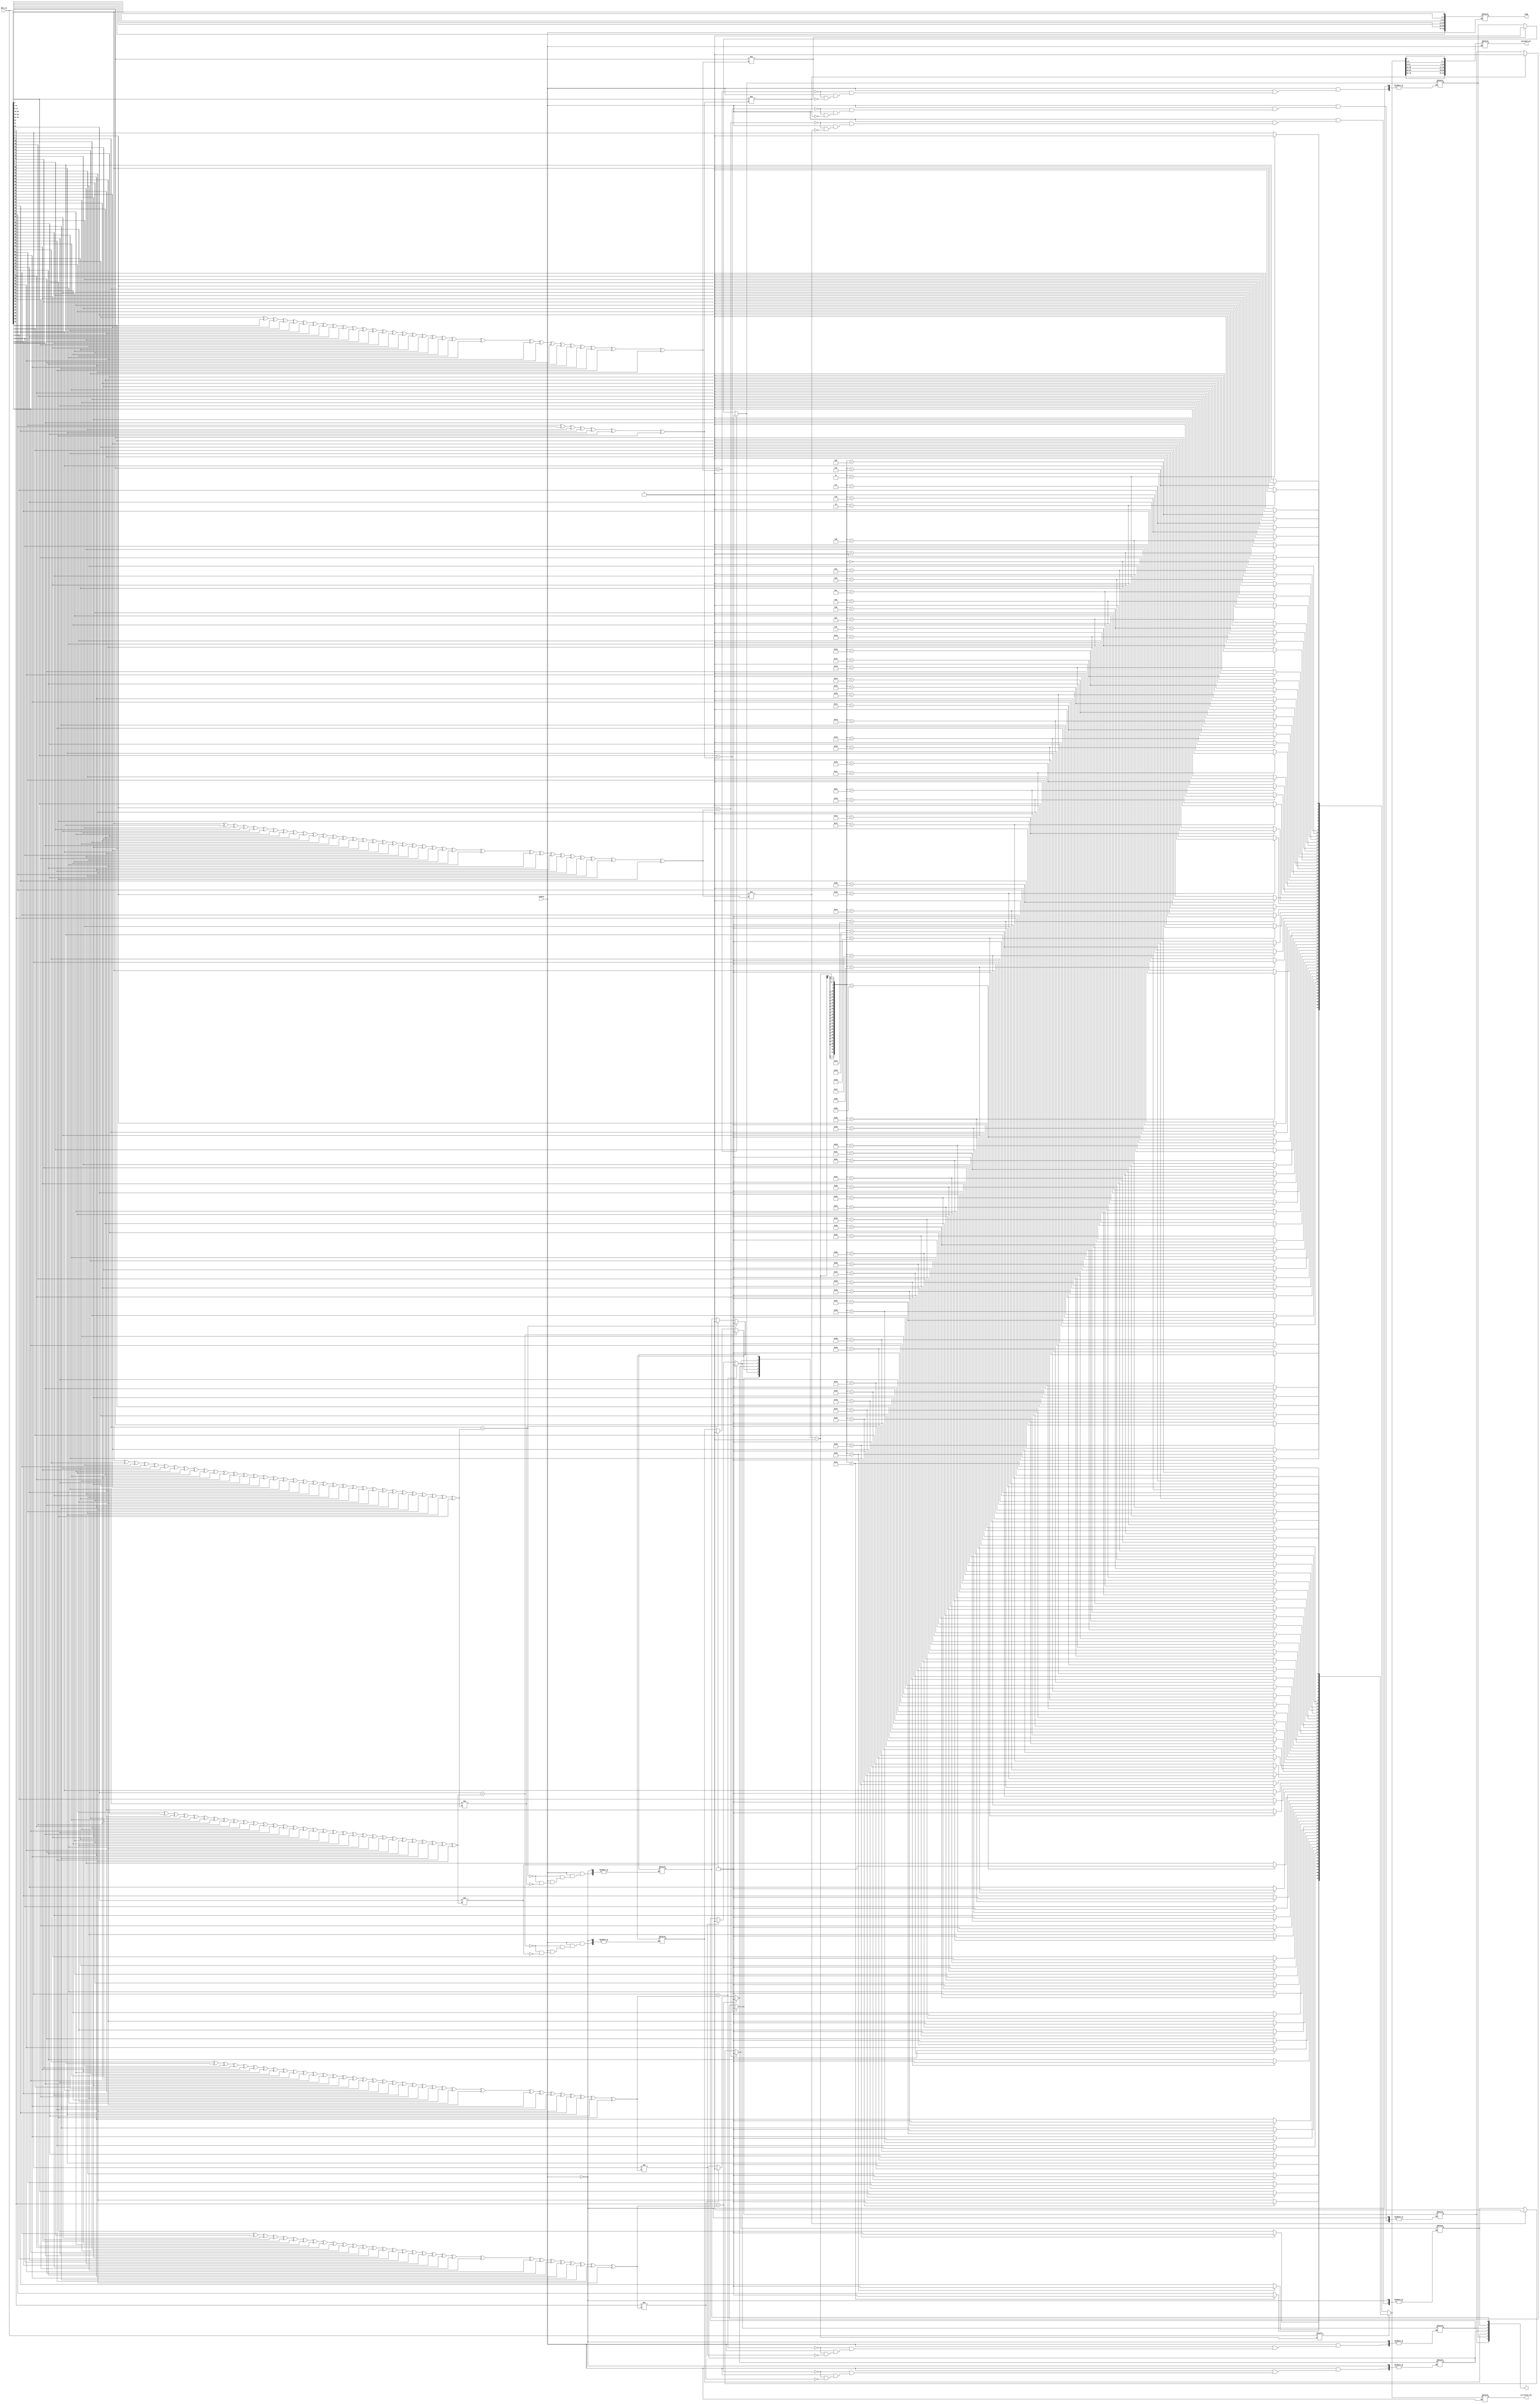
`timescale 1ns / 1ps
//////////////////////////////////////////////////////////////////////////////////
// Company: 
// Engineer: 
// 
// Design Name: 
// Module Name:    hamming_decoder 
// Project Name: 
// Target Devices: 
// Tool versions: 
// Description: 
//
// Dependencies: 
//
// Revision: 
// Revision 0.01 - File Created
// Additional Comments: 
//
//////////////////////////////////////////////////////////////////////////////////
module hamming_decoder(data_in, corrected_out, enable, temp, decoded_out, r);
input [70:0] data_in;
input wire enable;
output reg [63:0] temp;
output reg [70:0] corrected_out;
output reg [63:0] decoded_out;
reg [6:0] p;
reg [6:0] q;
output reg [6:0] r;
reg [6:0] t;
reg [6:0] k;
integer i,c,count=0;
always @(*)
begin
	if (enable == 1'b1)
		begin
		
			p[0] = data_in[0];
			p[1] = data_in[1];
			p[2] = data_in[3];
			p[3] = data_in[7];
			p[4] = data_in[15];
			p[5] = data_in[31];
			p[6] = data_in[63];
			
			temp[0] = data_in[2];
			temp[1] = data_in[4]; 
			temp[2] = data_in[5];// 6th bit of input data
			temp[3] = data_in[6];
			temp[4] = data_in[8];
			temp[5] = data_in[9];
			temp[6] = data_in[10];
			temp[7] = data_in[11];
			temp[8] = data_in[12];
			temp[9] = data_in[13];
			temp[10] = data_in[14];
			temp[11] = data_in[16];
			temp[12] = data_in[17];
			temp[13] = data_in[18];
			temp[14] = data_in[19];
			temp[15] = data_in[20];
			temp[16] = data_in[21];
			temp[17] = data_in[22];
			temp[18] = data_in[23];
			temp[19] = data_in[24];
			temp[20] = data_in[25];
			temp[21] = data_in[26];
			temp[22] = data_in[27];
			temp[23] = data_in[28];
			temp[24] = data_in[29];
			temp[25] = data_in[30];
			temp[26] = data_in[32];
			temp[27] = data_in[33];
			temp[28] = data_in[34];
			temp[29] = data_in[35];
			temp[30] = data_in[36];
			temp[31] = data_in[37];
			temp[32] = data_in[38];
			temp[33] = data_in[39];
			temp[34] = data_in[40];
         temp[35] = data_in[41];
			temp[36] = data_in[42];
			temp[37] = data_in[43];
			temp[38] = data_in[44];
			temp[39] = data_in[45];
			temp[40] = data_in[46];
			temp[41] = data_in[47];
			temp[42] = data_in[48];
			temp[43] = data_in[49];
			temp[44] = data_in[50];
			temp[45] = data_in[51];
			temp[46] = data_in[52];
			temp[47] = data_in[53];
			temp[48] = data_in[54];
			temp[49] = data_in[55];
			temp[50] = data_in[56];
			temp[51] = data_in[57];
			temp[52] = data_in[58];
			temp[53] = data_in[59];
			temp[54] = data_in[60];
			temp[55] = data_in[61];
			temp[56] = data_in[62];
			temp[57] = data_in[64];
			temp[58] = data_in[65];
			temp[59] = data_in[66];
			temp[60] = data_in[67];
			temp[61] = data_in[68];
			temp[62] = data_in[69];
			temp[63] = data_in[70];
			
			q[0] = temp[0]^temp[1]^temp[3]^temp[4]^temp[6]^temp[8]^temp[10]^temp[11]^temp[13]^temp[15]^temp[17]^temp[19]^temp[21]^temp[23]^temp[25]^temp[26]^temp[28]^temp[30]^temp[32]^temp[34]^temp[36]^temp[38]^temp[40]^temp[42]^temp[44]^temp[46]^temp[48]^temp[50]^temp[52]^temp[54]^temp[56]^temp[57]^temp[59]^temp[61]^temp[63];
         q[1] = temp[0]^temp[2]^temp[3]^temp[5]^temp[6]^temp[9]^temp[10]^temp[12]^temp[13]^temp[16]^temp[17]^temp[20]^temp[21]^temp[24]^temp[25]^temp[27]^temp[28]^temp[31]^temp[32]^temp[35]^temp[36]^temp[39]^temp[40]^temp[43]^temp[45]^temp[47]^temp[48]^temp[51]^temp[52]^temp[55]^temp[56]^temp[58]^temp[59]^temp[62]^temp[63];
			q[2] = temp[1]^temp[2]^temp[3]^temp[7]^temp[8]^temp[9]^temp[10]^temp[14]^temp[15]^temp[16]^temp[17]^temp[22]^temp[23]^temp[24]^temp[25]^temp[29]^temp[30]^temp[31]^temp[32]^temp[37]^temp[38]^temp[39]^temp[40]^temp[45]^temp[46]^temp[47]^temp[48]^temp[53]^temp[54]^temp[55]^temp[56]^temp[60]^temp[61]^temp[62]^temp[63];
			q[3] = temp[4]^temp[5]^temp[6]^temp[7]^temp[8]^temp[9]^temp[10]^temp[18]^temp[19]^temp[20]^temp[21]^temp[22]^temp[23]^temp[24]^temp[25]^temp[33]^temp[34]^temp[35]^temp[36]^temp[37]^temp[38]^temp[39]^temp[40]^temp[49]^temp[50]^temp[51]^temp[52]^temp[53]^temp[54]^temp[55]^temp[56];	
			q[4] = temp[11]^temp[12]^temp[13]^temp[14]^temp[15]^temp[16]^temp[17]^temp[18]^temp[19]^temp[20]^temp[21]^temp[22]^temp[23]^temp[24]^temp[25]^temp[41]^temp[42]^temp[43]^temp[44]^temp[45]^temp[46]^temp[47]^temp[48]^temp[49]^temp[50]^temp[51]^temp[52]^temp[53]^temp[54]^temp[55]^temp[56];
			q[5] = temp[26]^temp[27]^temp[28]^temp[29]^temp[30]^temp[31]^temp[32]^temp[33]^temp[34]^temp[35]^temp[36]^temp[37]^temp[38]^temp[39]^temp[40]^temp[41]^temp[42]^temp[43]^temp[44]^temp[45]^temp[46]^temp[47]^temp[48]^temp[49]^temp[50]^temp[51]^temp[52]^temp[53]^temp[54]^temp[55]^temp[56];	
			q[6] = temp[57]^temp[58]^temp[59]^temp[60]^temp[61]^temp[62]^temp[63];
		
			
		   for(i=6; i>=0; i=i-1)
			begin
				if(p[i] == q[i])
				r[i] = 0;
				else if (p[i] != q[i])
				r[i] = 1;                // error position in input data in binary form.
			end
			
			/*t[0] = 0;
			t[1] = 1;
			t[2] = 3;
			t[3] = 7;
			t[4] = 15;
			t[5] = 31;
			t[6] = 63;
			
		for (i=0; i<7; i=i+1)
      begin
			if (r > t[i])
			count = count + 1;
			else if (r < t[i])
			c = c + 1;
		end */
		// updated value of r that gives error position in the temp data.
		//k = r-1-count;
		
		corrected_out[70:0] = data_in[70:0];
		
		if(corrected_out[r-1] == 1'b0)
		corrected_out[r-1] = 1;
		else if(corrected_out[r-1] == 1'b1)
		corrected_out[r-1] = 0;
		
		   k[0] = corrected_out[0];
			k[1] = corrected_out[1];
			k[2] = corrected_out[3];
			k[3] = corrected_out[7];
			k[4] = corrected_out[15];
			k[5] = corrected_out[31];
			k[6] = corrected_out[63];
			
			decoded_out[0] = corrected_out[2];
			decoded_out[1] = corrected_out[4]; 
			decoded_out[2] = corrected_out[5];
			decoded_out[3] = corrected_out[6];
			decoded_out[4] = corrected_out[8];
			decoded_out[5] = corrected_out[9];
			decoded_out[6] = corrected_out[10];
			decoded_out[7] = corrected_out[11];
			decoded_out[8] = corrected_out[12];
			decoded_out[9] = corrected_out[13];
			decoded_out[10] = corrected_out[14];
			decoded_out[11] = corrected_out[16];
			decoded_out[12] = corrected_out[17];
			decoded_out[13] = corrected_out[18];
			decoded_out[14] = corrected_out[19];
			decoded_out[15] = corrected_out[20];
			decoded_out[16] = corrected_out[21];
			decoded_out[17] = corrected_out[22];
			decoded_out[18] = corrected_out[23];
			decoded_out[19] = corrected_out[24];
			decoded_out[20] = corrected_out[25];
			decoded_out[21] = corrected_out[26];
			decoded_out[22] = corrected_out[27];
			decoded_out[23] = corrected_out[28];
			decoded_out[24] = corrected_out[29];
			decoded_out[25] = corrected_out[30];
			decoded_out[26] = corrected_out[32];
			decoded_out[27] = corrected_out[33];
			decoded_out[28] = corrected_out[34];
			decoded_out[29] = corrected_out[35];
			decoded_out[30] = corrected_out[36];
			decoded_out[31] = corrected_out[37];
			decoded_out[32] = corrected_out[38];
			decoded_out[33] = corrected_out[39];
			decoded_out[34] = corrected_out[40];
         decoded_out[35] = corrected_out[41];
			decoded_out[36] = corrected_out[42];
			decoded_out[37] = corrected_out[43];
			decoded_out[38] = corrected_out[44];
			decoded_out[39] = corrected_out[45];
			decoded_out[40] = corrected_out[46];
			decoded_out[41] = corrected_out[47];
			decoded_out[42] = corrected_out[48];
			decoded_out[43] = corrected_out[49];
			decoded_out[44] = corrected_out[50];
			decoded_out[45] = corrected_out[51];
			decoded_out[46] = corrected_out[52];
			decoded_out[47] = corrected_out[53];
			decoded_out[48] = corrected_out[54];
			decoded_out[49] = corrected_out[55];
			decoded_out[50] = corrected_out[56];
			decoded_out[51] = corrected_out[57];
			decoded_out[52] = corrected_out[58];
			decoded_out[53] = corrected_out[59];
			decoded_out[54] = corrected_out[60];
			decoded_out[55] = corrected_out[61];
			decoded_out[56] = corrected_out[62];
			decoded_out[57] = corrected_out[64];
			decoded_out[58] = corrected_out[65];
			decoded_out[59] = corrected_out[66];
			decoded_out[60] = corrected_out[67];
			decoded_out[61] = corrected_out[68];
			decoded_out[62] = corrected_out[69];
			decoded_out[63] = corrected_out[70];
		 
					
		end
end
endmodule